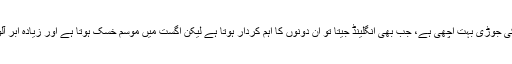
انہوں نے کہا کہ اینڈرسن اور براڈ کے پاس بہت تجربہ ہے، ان کی جوڑی بہت اچھی ہے، جب بھی انگلینڈ جیتا تو ان دونوں کا اہم کردار ہوتا ہے لیکن اگست میں موسم خسک ہوتا ہے اور زیادہ ابر آلودموسم نہیں ہوتا لہٰذا ان دونوں کے طرے ےس نمٹا جا سکتا ہے۔